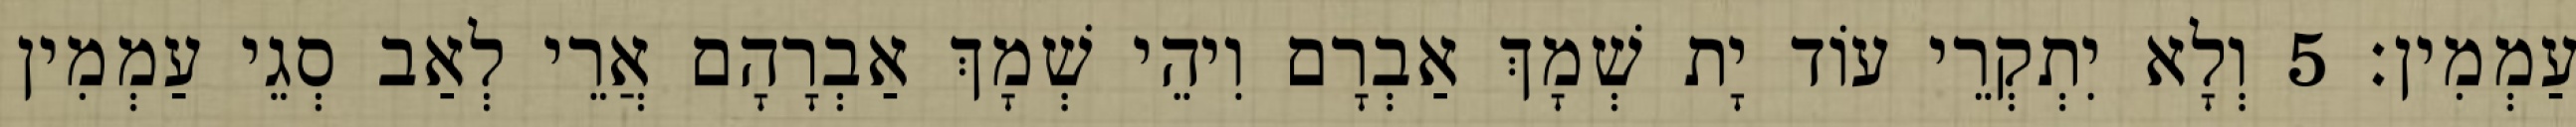
עַמְמִין׃ 5 וְלָא יִתְקְרֵי עוֹד יָת שְׁמָךְ אַבְרָם וִיהֵי שְׁמָךְ אַבְרָהָם אֲרֵי לְאַב סְגֵי עַמְמִין